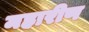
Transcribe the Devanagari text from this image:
महारीण